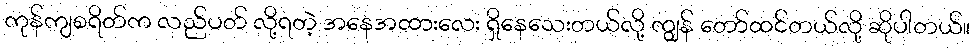
ကုန်ကျစရိတ်က လည်ပတ် လို့ရတဲ့ အနေအထားလေး ရှိနေသေးတယ်လို့ ကျွန် တော်ထင်တယ်လို့ ဆိုပါတယ်။